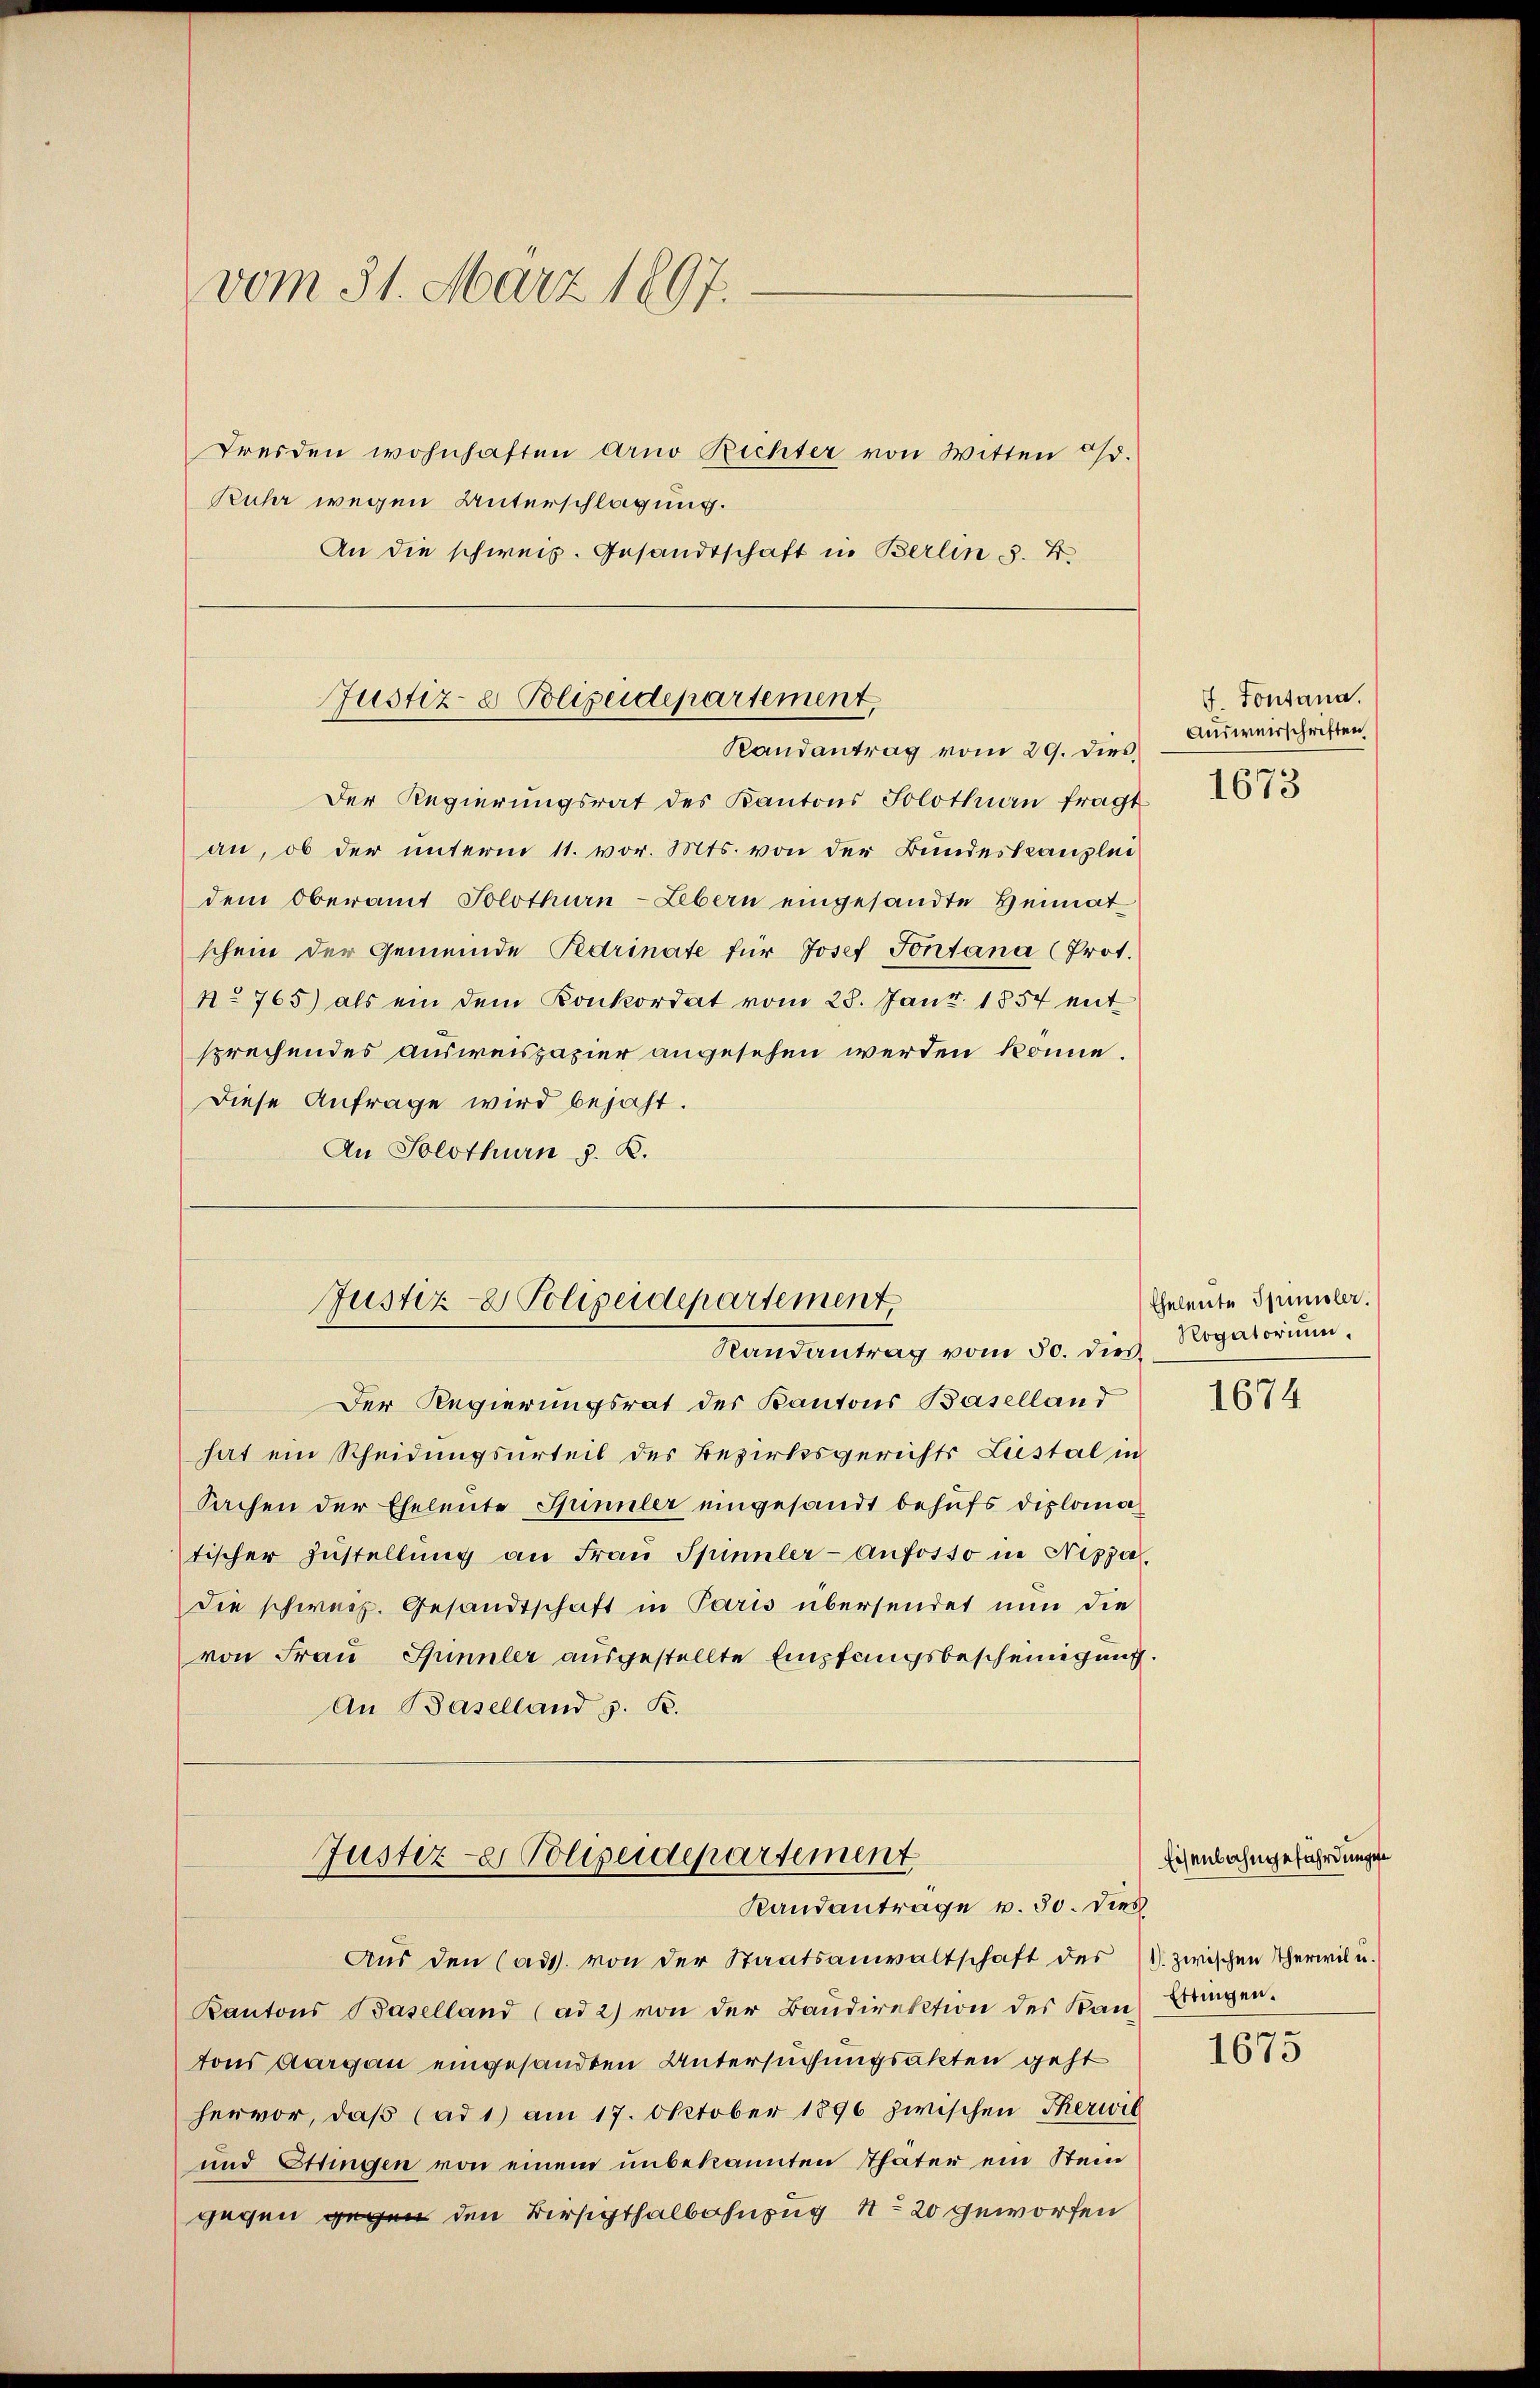
vom 31. März 1807.
Freiden wohnhaften Arno Richter von Witten od.
Kuhr wegen Unterschlagung.
An die schweiz. Gesandtschaft in Berlin 3. 4.

Justiz- & Polizeidepartement,
Randantrag vom 29. dies

Der Regierungsrat des Kantons Solothurn fragt
an, ob der unterm 11. vor. Mts. von der Bundeskanzlei
dem Oberamt Solothurn-Lebern eingesandte Heimatschein der Gemeinde Pedrinate für Josef Fontana (Prot.
No 765) als ein dem Konkordat vom 25. Janr. 1857 mit
sprechendes ausweispapier angesehen werden könne.
Diese Anfrage wird bejaht.
An Solothurn §. K.

Justiz- & Polizeidepartement,
Randantrag vom 30. dies Rogatorium,

Justiz-e Polizeidepartement
Randantrage v. 30. dies

Aus den (ad. von der Staatsanwaltschaft des (1. zwischen Therwil u.

Der Regierungsrat des Kantons Baselland
hat ein Scheidungsurteil des Bezirksgerichts Liestal in
Sachen der Eheleute Sinnler eingesandt behufs diplomatischer Zustellŭng an Frau Spinnler-Anforto in Nizza
die schweiz. Gesandtschaft in Paris übersendet nun die
von Frau Spinnler ausgestellte Empfangsbescheinigung
An Baselland z. B.

Kantons Baselland (ad 2) von der Baŭdirektion des Kantons Aargau eingesandten Untersuchungsakten geht
hervor, daß (ad 1) am 17. Oktober 1896 zwischen Therwil
und Etungen von einem unbekannten Thäter ein Stein
gegen gegen den Birsgthalbahnzug No 20 geworfen

f. Sontana.
Ausweisschriften

1673

Eheleute Spinsler.

1674

Eisenbahngeführdungen
Ettingen.
e

1673